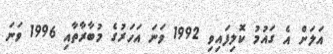
އަލަށް އެ ގައުމު ކޮލިފައިވި 1992 ވަނަ އަހަރުގެ މުބާރާތާއި 1996 ވަނަ